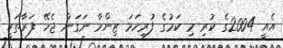
އެއީ 2004ގެ ކުރި މި ކަމުގެ ފުރިހަމަ ޒިންމާ ނަގަން ޖެހޭ ފަރާތަކީ